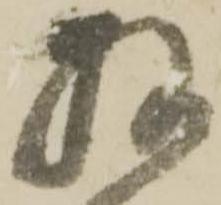
拝